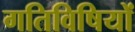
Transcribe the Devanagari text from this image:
गतिविषियों